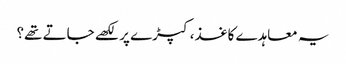
یہ معاہدے کاغذ، کپڑے پر لکھے جاتے تھے؟